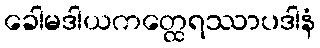
ခေါမဒါယကတ္ထေရဿာပဒါနံ